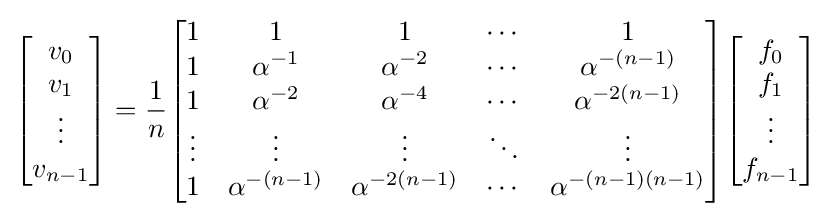
{\begin{bmatrix}v_{0}\\v_{1}\\\vdots \\v_{n-1}\end{bmatrix}}={\frac {1}{n}}{\begin{bmatrix}1&1&1&\cdots &1\\1&\alpha ^{-1}&\alpha ^{-2}&\cdots &\alpha ^{-(n-1)}\\1&\alpha ^{-2}&\alpha ^{-4}&\cdots &\alpha ^{-2(n-1)}\\\vdots &\vdots &\vdots &\ddots &\vdots \\1&\alpha ^{-(n-1)}&\alpha ^{-2(n-1)}&\cdots &\alpha ^{-(n-1)(n-1)}\end{bmatrix}}{\begin{bmatrix}f_{0}\\f_{1}\\\vdots \\f_{n-1}\end{bmatrix}}